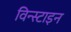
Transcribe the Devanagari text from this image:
विन्स्टाइन